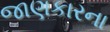
જાણકારના